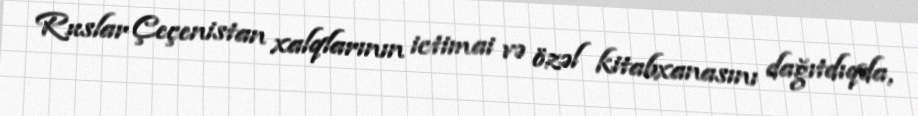
Ruslar Çeçenistan xalqlarının ictimai və özəl kitabxanasını dağıtdıqda,